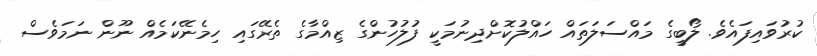
ކުރުވައިފައެވެ. ލޯބީގެ މައްސަލަތައް ހައްލުކޮށްދިނުމަކީ ފުލުހުންގެ ޒިއްމާގެ ތެރޭގައި ހިމެނޭކަމެއް ނޫން ނަމަވެސް